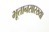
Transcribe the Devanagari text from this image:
भूतानसारख्या